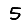
Digit: 5